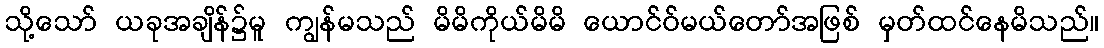
သို့သော် ယခုအချိန်၌မူ ကျွန်မသည် မိမိကိုယ်မိမိ ယောင်ဝ်မယ်တော်အဖြစ် မှတ်ထင်နေမိသည်။